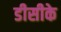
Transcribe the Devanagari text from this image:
डीसीके